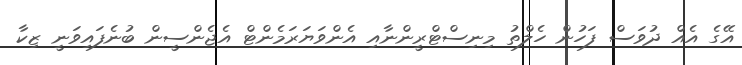
އޭގެ އެއް ދުވަސް ފަހުން ހެލްތު މިނިސްޓްރީންނާއި އެންވަޔަރަމެންޓް އެޖެންސީން ބުނެފައިވަނީ ޒިކާ